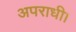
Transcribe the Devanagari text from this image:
अपराधी।